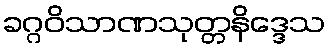
ခဂ္ဂဝိသာဏသုတ္တနိဒ္ဒေသ